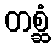
တစ္ဆံ